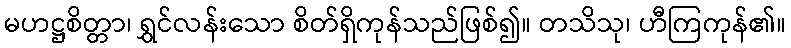
မဟဋ္ဌစိတ္တာ၊ ရွှင်လန်းသော စိတ်ရှိကုန်သည်ဖြစ်၍။ တသိသု၊ ဟီကြကုန်၏။